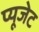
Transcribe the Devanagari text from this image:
प्यूजेट